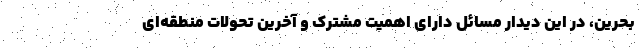
بحرین، در این دیدار مسائل دارای اهمیت مشترک و آخرین تحولات منطقه‌ای